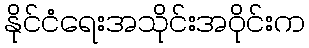
နိုင်ငံရေးအသိုင်းအဝိုင်းက